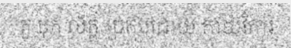
តួ បុក ល័ក្ត ប្រកបដោយ កាយវិការ